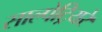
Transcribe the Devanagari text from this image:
साल्पेट्रियरे